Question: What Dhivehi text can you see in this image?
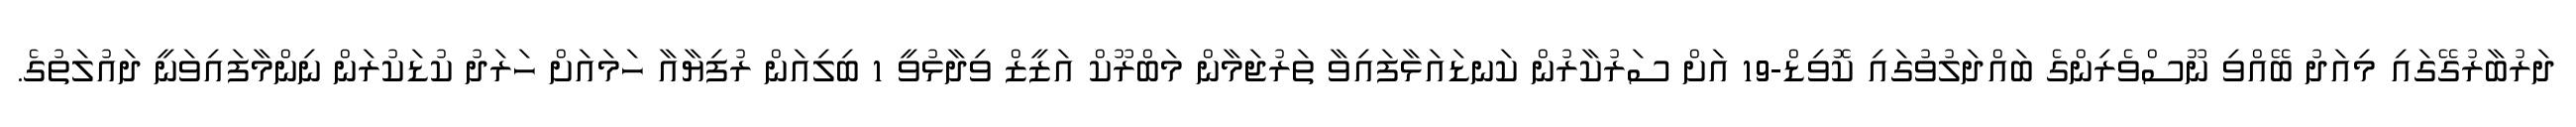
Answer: ދަރުބާރުގޭގައި މިއަދު ބޭއްވި ނޫސްވެރިންގެ ބައްދަލުވުގައި ކޮވިޑް-19 އަށް ސަރުކާރުން ކަނޑައަޅާފައިވާ ތަރުޖަމާން މަބްރޫކް އަޒީޒް ވިދާޅުވީ 1 ބިލިއަން ރުފިޔާއާ ހަމައަށް ހަރަދު ކުޑަކުރަން ނިންމާފައިވަނީ ދައުލަތުގެ.